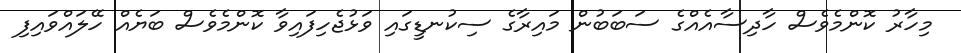
މިހާރު ކޮންމެވެސް ހާދިސާއެއްގެ ސަބަބުން މައިރާގެ ސިކުނޑީގައި ވަޅުޖެހިފައިވާ ކޮންމެވެސް ބަޔެއް ހޭލައްވައިފި